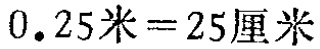
\(0.25米 = 25厘米\)